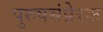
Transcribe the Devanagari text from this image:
पुरुषसंप्रेरक